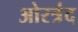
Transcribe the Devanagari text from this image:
ओरत्रंद